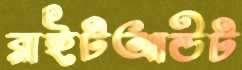
রাইটআউট